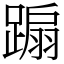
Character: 𨃩